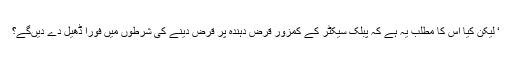
‘ لیکن کیا اس کا مطلب یہ ہے کہ پبلک سیکٹر کے کمزور قرض دہندہ پر قرض دینے کی شرطوں میں فوراً ڈھیل دے دیں‌گے؟